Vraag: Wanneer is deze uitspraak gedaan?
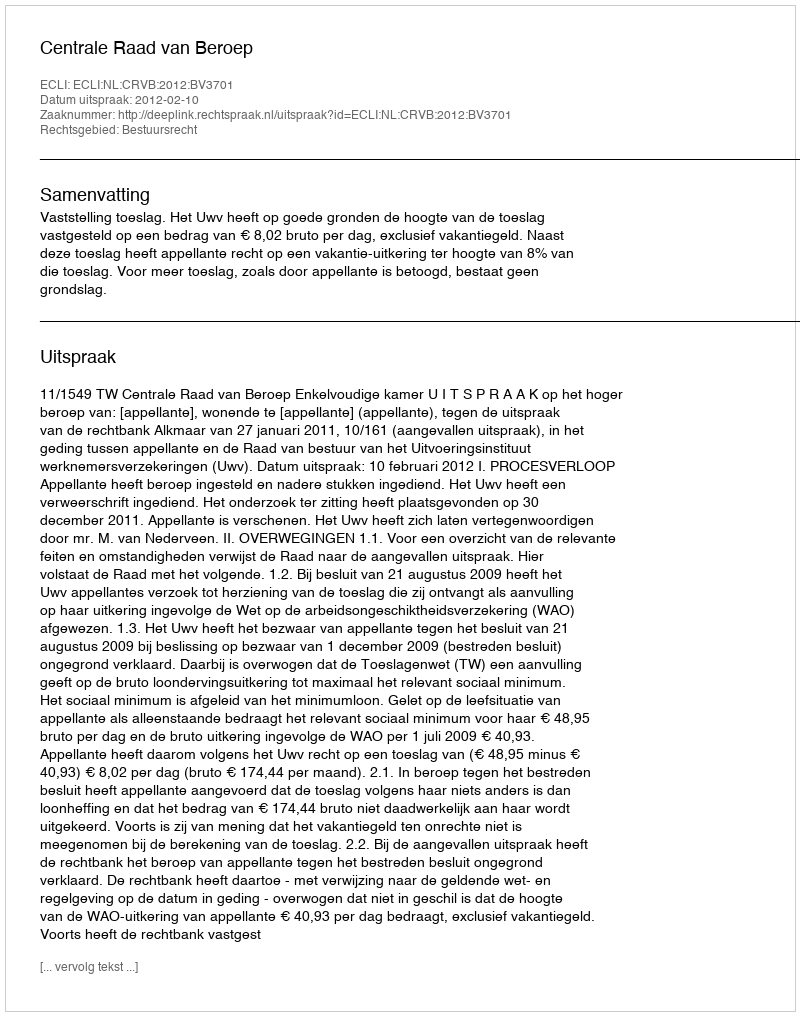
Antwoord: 2012-02-10